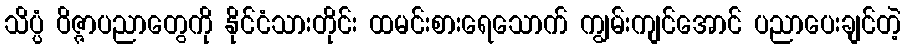
သိပ္ပံ ဝိဇ္ဇာပညာတွေကို နိုင်ငံသားတိုင်း ထမင်းစားရေသောက် ကျွမ်းကျင်အောင် ပညာပေးချင်တဲ့